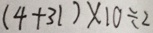
( 4 + 3 1 ) \times 1 0 \div 2